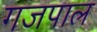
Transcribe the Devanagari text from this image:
गजपाल